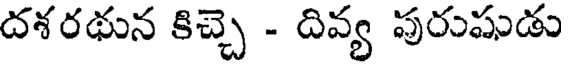
దశరథున కిచ్చె - దివ్య పురుషుడు